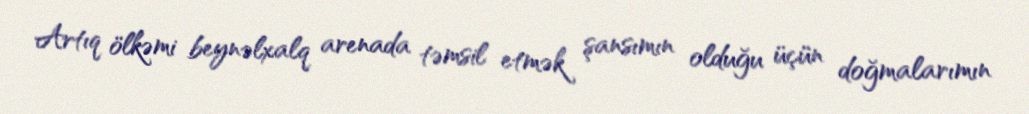
Artıq ölkəmi beynəlxalq arenada təmsil etmək şansımın olduğu üçün doğmalarımın